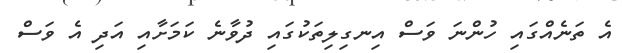
އެ ތަނެއްގައި ހުންނަ ވަސް އިނގިލިތަކުގައި ދުވާނެ ކަމަށާއި އަދި އެ ވަސް